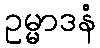
ဥမ္မာဒနံ